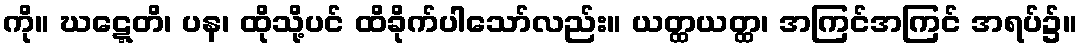
ကို။ ဃဋ္ဋေတိ၊ ပန၊ ထိုသို့ပင် ထိခိုက်ပါသော်လည်း။ ယတ္ထယတ္ထ၊ အကြင်အကြင် အရပ်၌။